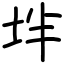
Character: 坢